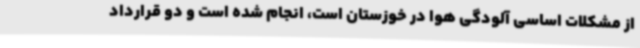
از مشکلات اساسی آلودگی هوا در خوزستان است، انجام شده است و دو قرارداد